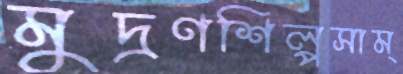
মুদ্রণশিল্পসাম্